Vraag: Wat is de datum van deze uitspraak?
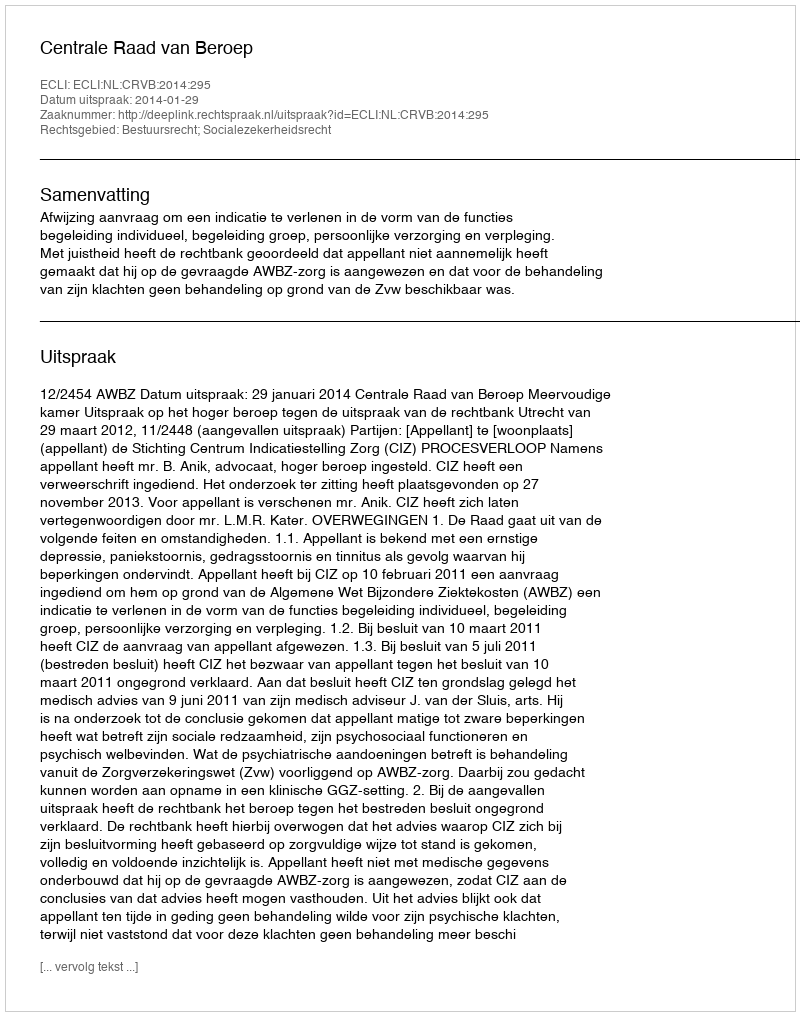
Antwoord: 2014-01-29